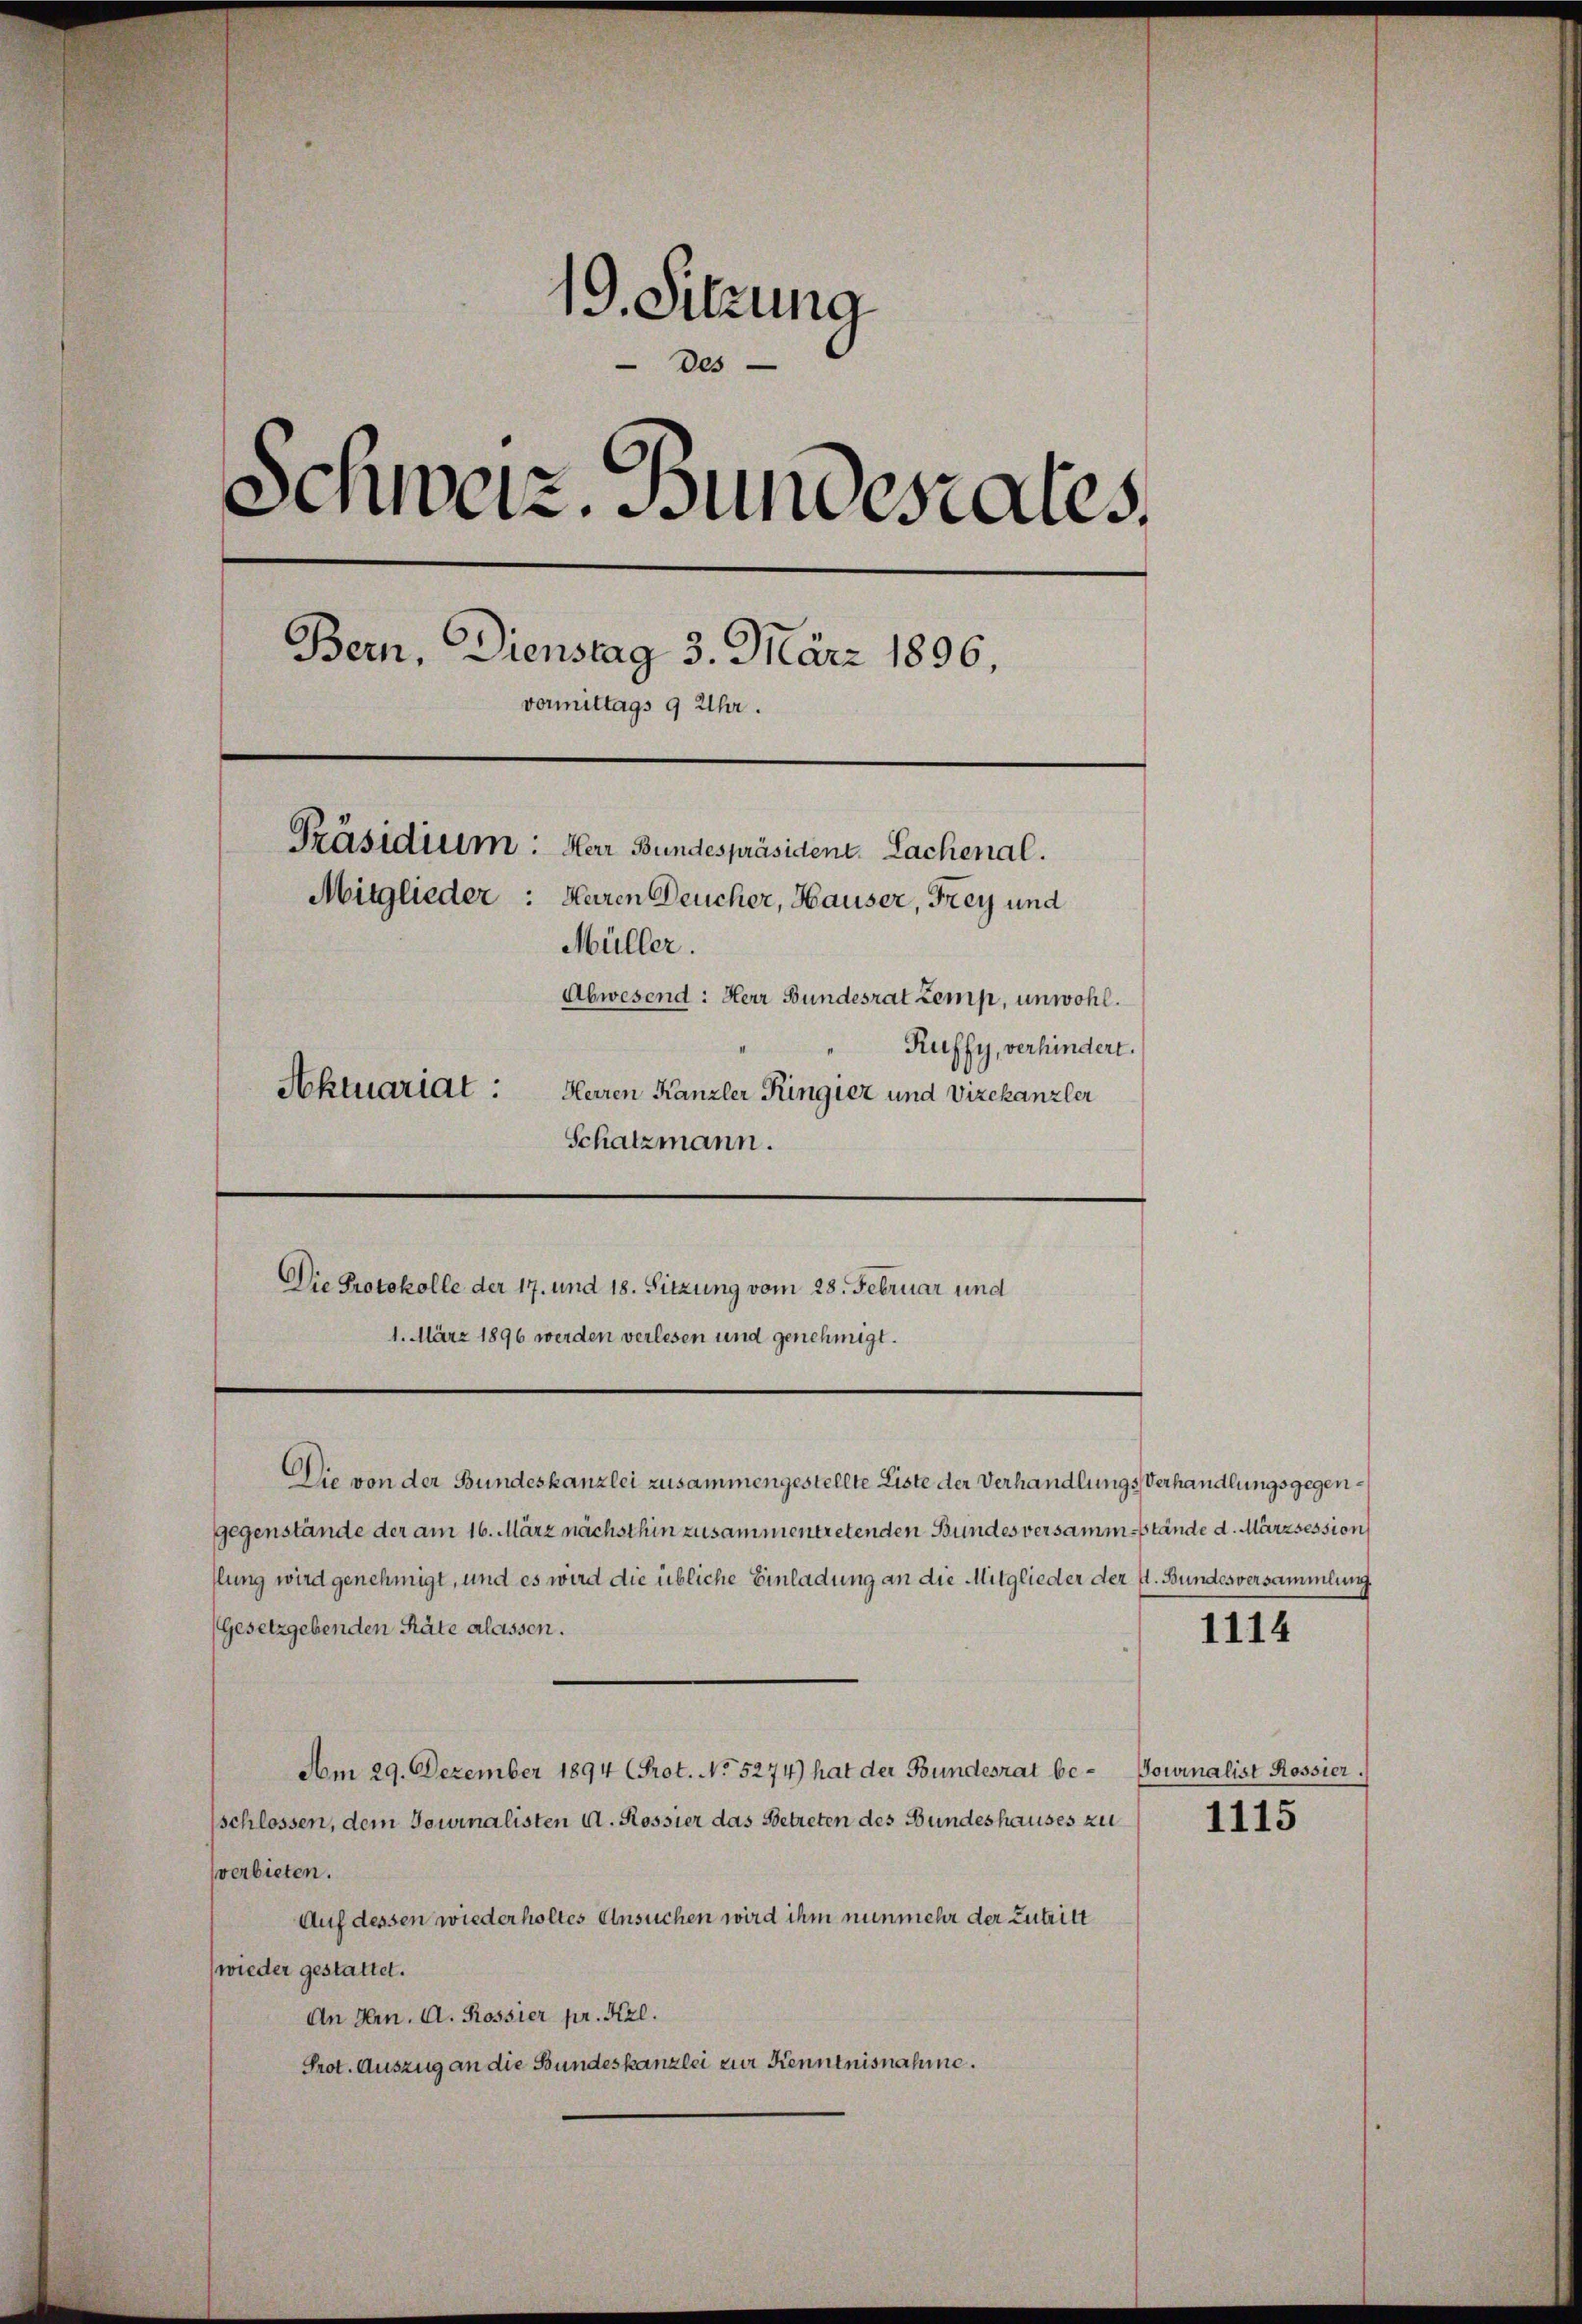
19. Sitzung
Des
Schweiz. Bundesrates.
Bern, Dienstag 3. März 1896,
vormittags 9 Uhr.
Präsidium: Herr Bundespräsident. Lachenal.
Mitglieder: Heren Deucher, Hauser, Frey und
Müller.
Abwesend: Herr Bundesrat Zemp, unwohl.
"Ruffy, verhindert.
Aktuariat:
Herren Kanzler Ringier und Vizekanzler

Die von der Bundeskanzlei zusammengestellte Liste der VerhandlungsVerhandlungsgegengegenstände der am 16. März nächsthin zusammentretenden Bundes versamm-stände d. Märzsession
llung wird genehmigt, und es wird die übliche Einladung an die Mitglieder der fl. Bundesversammlung
Gesetzgebenden Räte erlassen.
Am 29. Dezember 1894 (Prot. No 5274) hat der Bundesrat beschlossen, dem Journalisten u. Rossier das Betreten des Bundeshauses zu
verbieten.
Auf dessen wiederholtes Ansuchen wird ihm nunmehr der Zutritt
(wieder gestattet.
An Hrn. A. Rossier pr. Kgl.
Prot. Auszug an die Bundeskanzlei zur Kenntnisnahme.

Schatzmann.
Die Protokolle der 17. und 18. Sitzung vom 28. Februar und
1. März 1896 werden verlesen und genehmigt.

1114

Tournalist Rossier.
1115